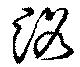
洛